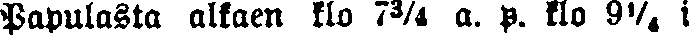
Papulasta alkaen klo 7¾ a. p. klo 9¼ i.